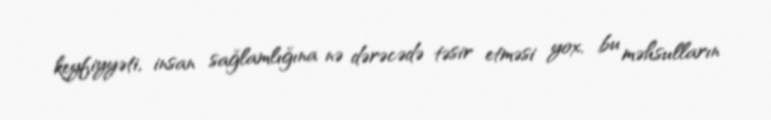
keyfiyyəti, insan sağlamlığına nə dərəcədə təsir etməsi yox, bu məhsulların